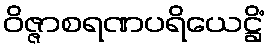
ဝိဇ္ဇာစရဏပရိယေဋ္ဌိံ